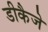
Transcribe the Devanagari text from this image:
डीकैजे